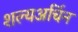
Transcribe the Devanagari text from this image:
शल्यअर्चिन